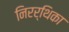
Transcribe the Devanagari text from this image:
निरर्थिका